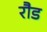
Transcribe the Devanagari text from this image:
रौड